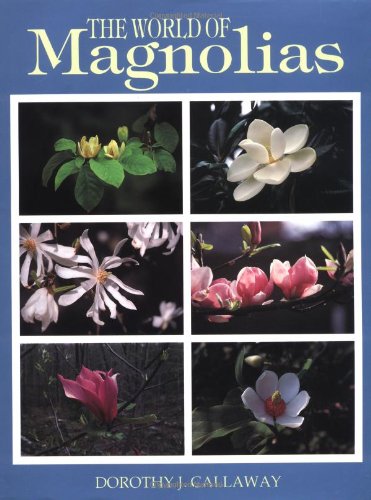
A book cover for The World of Magnolias; Dorothy J. Callaway; Crafts, Hobbies & Home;